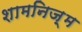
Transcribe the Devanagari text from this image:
शामनिज़्म